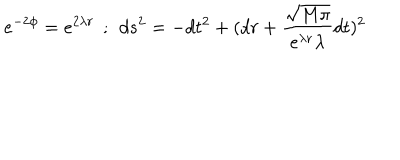
LaTeX: e ^ { - 2 \phi } = e ^ { 2 \lambda r } \: \: ; \: \: d s ^ { 2 } = - d t ^ { 2 } + ( d r + \frac { \sqrt { M \pi } } { e ^ { \lambda r } \lambda } d t ) ^ { 2 }